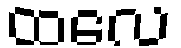
ထလေ